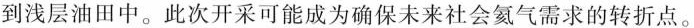
到浅层油田中。此次开采可能成为确保未来社会氦气需求的转折点。